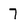
Character: 7